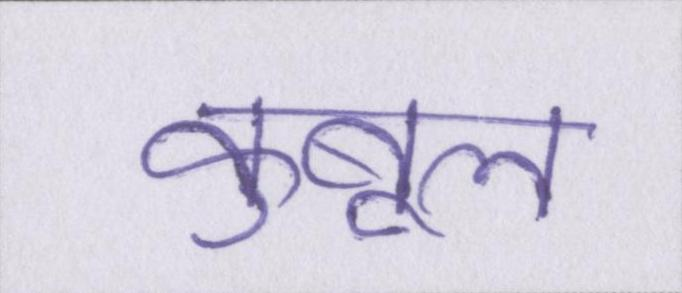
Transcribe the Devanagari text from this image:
कुबूल